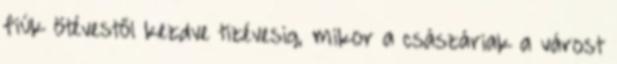
fiúk ötévestől kezdve tizévesig, mikor a császáriak a várost